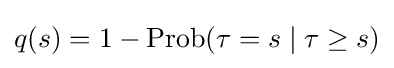
q(s)=1-\operatorname {Prob} (\tau =s\mid \tau \geq s)